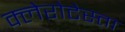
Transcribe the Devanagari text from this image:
क्लेरोटेस्ता